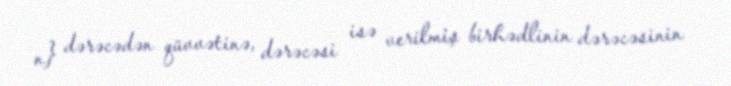
n} dərəcədən qüvvətinə, dərəcəsi isə verilmiş birhədlinin dərəcəsinin